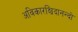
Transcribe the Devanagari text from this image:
अविकारश्चिदानन्दो